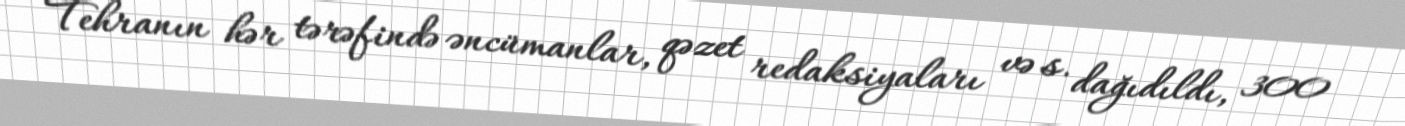
Tehranın hər tərəfində əncümanlar, qəzet redaksiyaları və s. dağıdıldı, 300